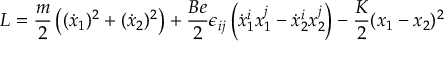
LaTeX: { \cal L } = \frac { m } { 2 } \left( ( \dot { x } _ { 1 } ) ^ { 2 } + ( \dot { x } _ { 2 } ) ^ { 2 } \right) + \frac { B e } { 2 } \epsilon _ { i j } \left( \dot { x } _ { 1 } ^ { i } x _ { 1 } ^ { j } - \dot { x } _ { 2 } ^ { i } x _ { 2 } ^ { j } \right) - \frac { K } { 2 } ( x _ { 1 } - x _ { 2 } ) ^ { 2 }